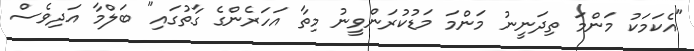
"އެކަމަކު މަންމަ ތިދަނީނު މަންމަ މަޑުކުރަންވީނު މިތާ އަހަރެންގެ ގާތުގައި" ބަލްމާ އަދިވެސް